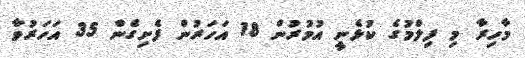
މާހިރާ މި ފިލްމުގެ ކުޅެނީ އުމުރުން 18 އަހަރުން ފެށިގެން 35 އަހަރުވާ